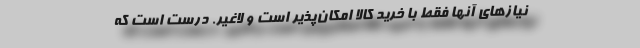
نیازهای آنها فقط با خرید کالا امکان‌پذیر است و لاغیر. درست است که